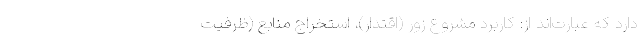
دارد که عبارت‌اند از: کاربرد مشروع زور (اقتدار)، استخراج منابع (ظرفیت